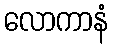
လောကာနံ